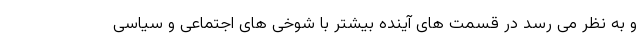
و به نظر می رسد در قسمت های آینده بیشتر با شوخی های اجتماعی و سیاسی